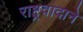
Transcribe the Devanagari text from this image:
राष्ट्रवादाने